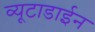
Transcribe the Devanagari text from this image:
व्यूटाडाईन